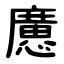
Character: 懬